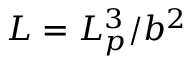
L = L _ { p } ^ { 3 } / b ^ { 2 }